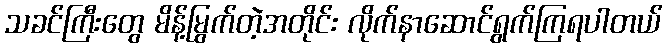
သခင်ကြီးတွေ မိန့်မြွက်တဲ့အတိုင်း လိုက်နာဆောင်ရွက်ကြရပါတယ်